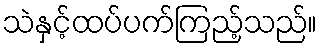
သဲနှင့်ထပ်ပက်ကြည့်သည်။